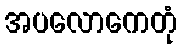
အပလောကေတုံ